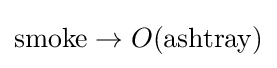
\mathrm {smoke} \rightarrow O(\mathrm {ashtray} )